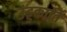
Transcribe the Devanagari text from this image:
उंड्डकार्ति